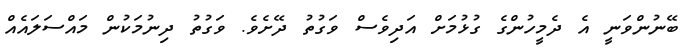
ބޭނުންވަނީ އެ ދެމީހުންގެ ގުޅުމަށް އަދިވެސް ވަގުތު ދޭށެވެ. ވަގުތު ދިނުމަކުން މައްސަލައެއް